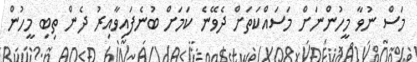
މަސް ނުވާ މީހުންނަށް މަސައްކަތަށް ދެވޭނެ ކަމަށް ބުނެފައިވާއިރު ދެން ތިބި މީހުން